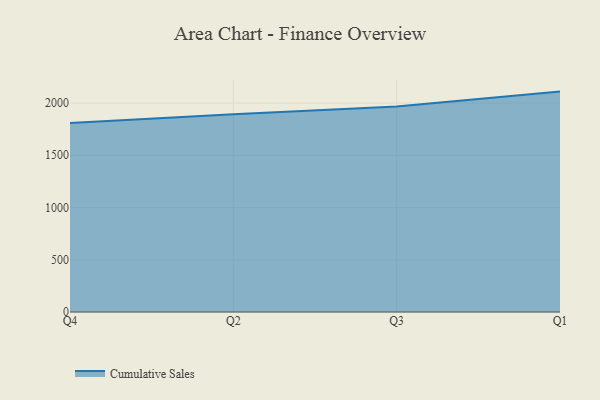
{"axis": {"x": "Quarter", "y": "Energy Usage (MWh)"}, "legend": ["Cumulative Sales"], "data": [{"x": "Q4", "y": 1808.5, "type": "Cumulative Sales"}, {"x": "Q2", "y": 1891.5, "type": "Cumulative Sales"}, {"x": "Q3", "y": 1966.5, "type": "Cumulative Sales"}, {"x": "Q1", "y": 2109.3, "type": "Cumulative Sales"}]}